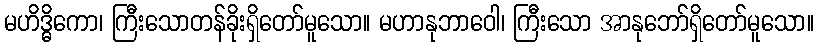
မဟိဒ္ဓိကော၊ ကြီးသောတန်ခိုးရှိတော်မူသော။ မဟာနုဘာဝေါ၊ ကြီးသော အာနုဘော်ရှိတော်မူသော။